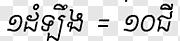
១ដំឡឹង = ១០ជី